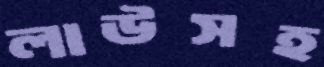
লাউসহ